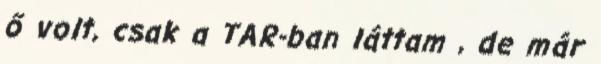
ő volt, csak a TAR-ban láttam , de már